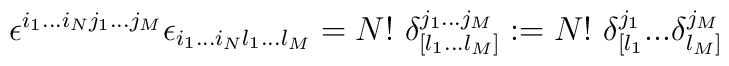
\epsilon^{i_1...i_Nj_1...j_M} \epsilon_{i_1...i_Nl_1...l_M}= N!\ \delta^{j_1...j_M}_{[l_1...l_M]} := N!\ \delta^{j_1}_{[l_1}...\delta^{j_M}_{l_M]}\